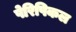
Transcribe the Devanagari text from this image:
पेरिपिकल